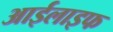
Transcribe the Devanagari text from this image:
आईलाइफ